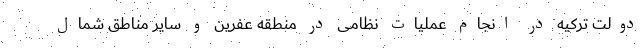
دولت ترکیه در انجام عملیات نظامی در منطقه عفرین و سایر مناطق شمال